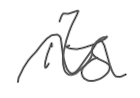
Text: its
Cross-out: wave
Writing tool: digital_gray